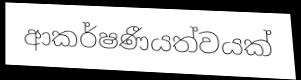
ආකර්ෂණීයත්වයක්